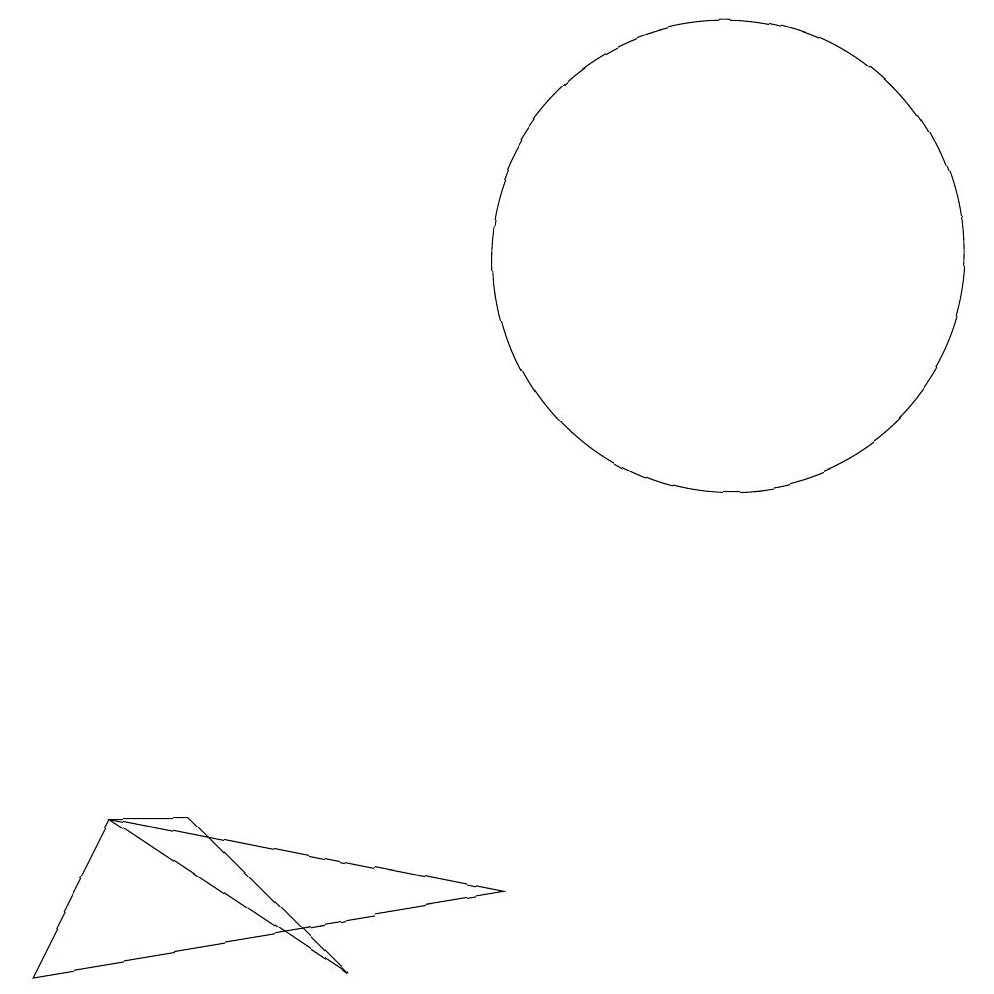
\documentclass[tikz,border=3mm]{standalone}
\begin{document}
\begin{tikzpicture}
\draw (5,1) -- (2,3) -- (3,3) -- cycle;
\draw (10,10) circle (3);
\draw (7,2) -- (2,3) -- (1,1) -- cycle;
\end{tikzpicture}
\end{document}